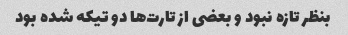
بنظر تازه نبود و بعضی از تارت‌ها دو تیکه شده بود